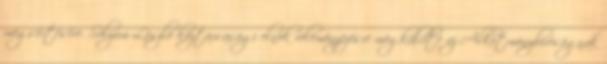
megsértésére. Sólyom László köztársasági elnök véleményezésre megküldte az Alkotmánybíróságnak